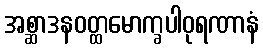
အစ္ဆာဒနဝတ္ထမောက္ခပါဝုရဏာနံ